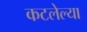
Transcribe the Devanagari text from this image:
कटलेल्या